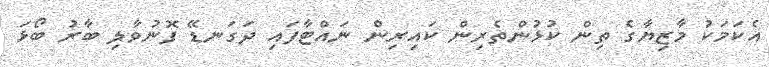
އެކަމަކު މާޒިޔާގެ ތިން ކުޅުންތެރިން ކައިރިން ނައްޓާފައި ދަގަނޑޭ ފޮނުވާލި ބާރު ބޯޅަ